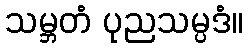
သမ္ဘတံ ပုညသမ္ပဒံ။